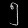
Digit: ၅